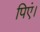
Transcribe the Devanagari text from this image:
पिएं।